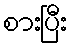
စားပြီး